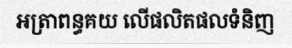
អត្រាពន្ធគយ លើផលិតផលទំនិញ